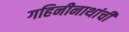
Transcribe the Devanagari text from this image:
गहिनीनाथांची